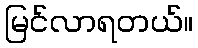
မြင်လာရတယ်။